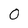
Character: 0